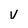
Character: v